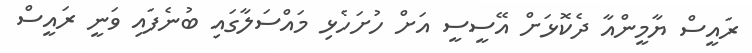
ރައީސް ޔާމީންއާ ދެކޮޅަށް އޭސީސީ އަށް ހުށަހެޅި މައްސަލާގައި ބުނެފައި ވަނީ ރައީސް